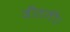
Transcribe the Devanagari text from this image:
जीतती।